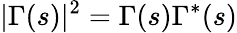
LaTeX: |\Gamma(s)|^{2}=\Gamma(s)\Gamma^{*}(s)